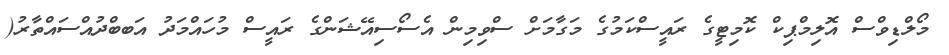
މޯލްޑިވްސް އޮލިމްޕިކް ކޮމިޓީގެ ރައީސްކަމުގެ މަގާމަށް ސްވިމިން އެސޯސިއޭޝަންގެ ރައީސް މުހައްމަދު އަބބްދުއްސައްތާރު(